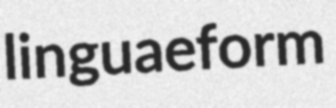
linguaeform